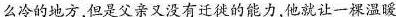
么冷的地方，但是父亲又没有迁徙的能力，他就让一棵温暖